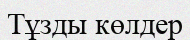
Тұзды көлдер